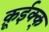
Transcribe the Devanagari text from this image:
क़ूईक्क्